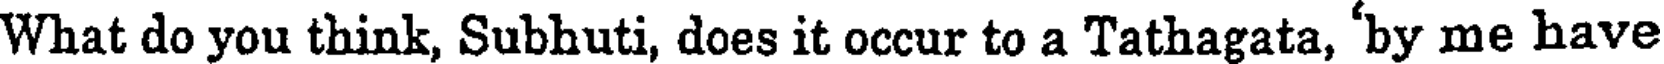
What do you think, Subhuti, does it occur to a Tathagata, 'by me have